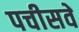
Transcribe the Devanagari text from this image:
पचीसवें